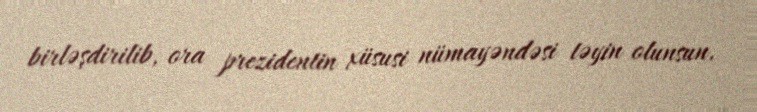
birləşdirilib, ora prezidentin xüsusi nümayəndəsi təyin olunsun.